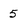
Character: 5